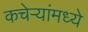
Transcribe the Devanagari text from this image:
कचेऱ्यांमध्ये